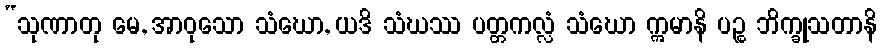
“သုဏာတု မေ, အာဝုသော သံဃော, ယဒိ သံဃဿ ပတ္တကလ္လံ သံဃော ဣမာနိ ပဉ္စ ဘိက္ခုသတာနိ